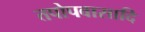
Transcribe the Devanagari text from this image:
तपोपवासादि